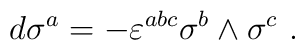
d\sigma^a = - \varepsilon^{abc} \sigma^b \wedge \sigma^c~.